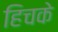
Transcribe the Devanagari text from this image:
हिचके